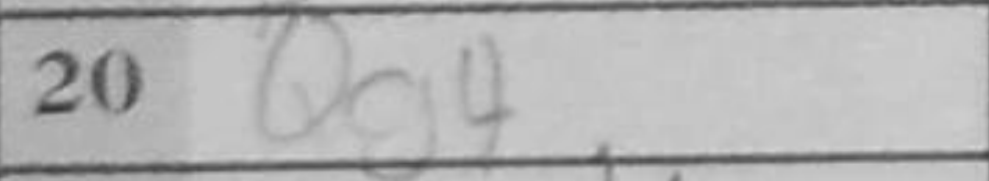
Transcription: Qg4